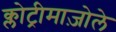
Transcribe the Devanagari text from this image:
क्लोट्रीमाज़ोले